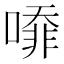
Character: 㗺